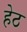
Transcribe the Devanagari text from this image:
हेठ